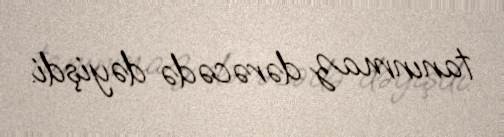
tanınmaz dərəcədə dəyişdi.